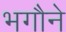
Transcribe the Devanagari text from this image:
भगौने